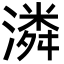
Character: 潾